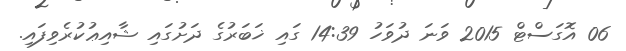
06 އޮގަސްޓް 2015 ވަނަ ދުވަހު 14:39 ގައި ޚަބަރުގެ ދަށުގައި ޝާއިޢުކުރެވިފައި.